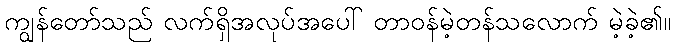
ကျွန်တော်သည် လက်ရှိအလုပ်အပေါ် တာဝန်မဲ့တန်သလောက် မဲ့ခဲ့၏။